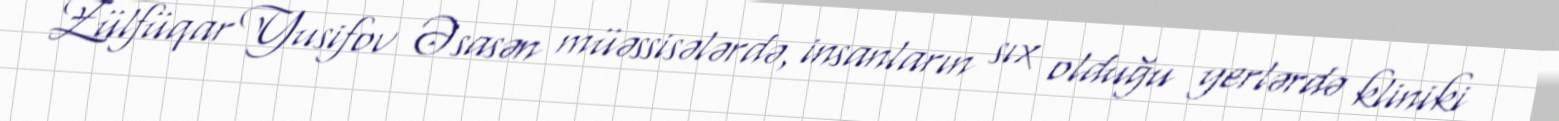
Zülfüqar Yusifov Əsasən müəssisələrdə, insanların sıx olduğu yerlərdə kliniki